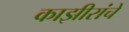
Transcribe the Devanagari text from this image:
काझीरांचे